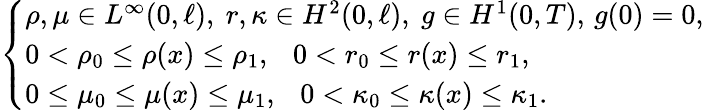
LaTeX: \begin{array}{r}{\left\{ \begin{array}{ll}{\rho,\mu\in L^{\infty}(0,\ell),\ r,\kappa\in H^{2}(0,\ell),\ g\in H^{1}(0,T),\, g(0)=0,}\\ {0<\rho_{0}\leq\rho(x)\leq\rho_{1},\ \ \ 0<r_{0}\leq r(x)\leq r_{1},}\\ {0\leq\mu_{0}\leq\mu(x)\leq\mu_{1},\ \ \ 0<\kappa_{0}\leq\kappa(x)\leq\kappa_{1}.}\end{array}\right.}\end{array}